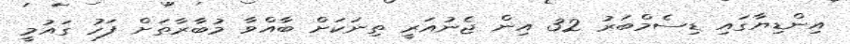
އިންޑިޔާގައި ޑިސެމްބަރު 32 އިން ޖެނުއަރީ ތިނަކަށް ބާއްވާ މުބާރާތަށް ފަހު ގައުމީ